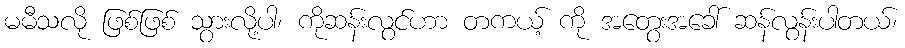
မမီသလို ဖြစ်ဖြစ် သွားလို့ပါ၊ ကိုဆန်းလွင်ဟာ တကယ့် ကို အတွေးအခေါ် ဆန်လွန်းပါတယ်၊